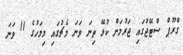
ގްރޫޕް ސްޓޭޖުގައި ޖަރުމަން ކުޅޭ ތިނަ ވަނަ މެޗުގައި މިމަހުގެ 11 ވަނަ